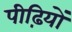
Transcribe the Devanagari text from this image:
पीढ़ियों